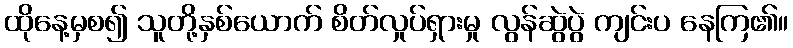
ထိုနေ့မှစ၍ သူတို့နှစ်ယောက် စိတ်လှုပ်ရှားမှု လွန်ဆွဲပွဲ ကျင်းပ နေကြ၏။